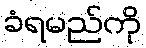
ခံရမည်ကို